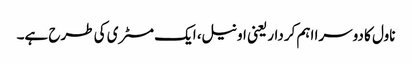
ناول کا دوسرا اہم کردار یعنی اونیل، ایک مسٹری کی طرح ہے۔